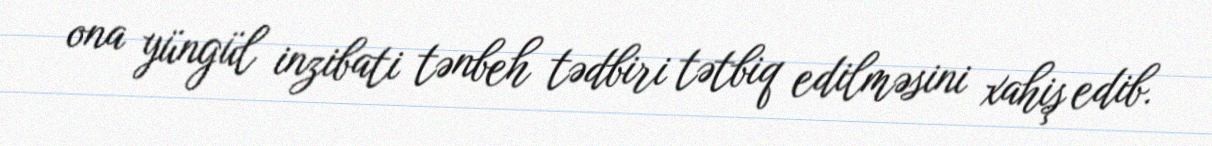
ona yüngül inzibati tənbeh tədbiri tətbiq edilməsini xahiş edib.